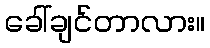
ခေါ်ချင်တာလား။